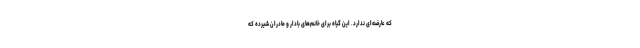
که عارضه‌ای ندارد. این گیاه برای خانم‌های بادار و مادران شیرده که